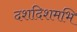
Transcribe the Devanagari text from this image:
दशदिशमभि